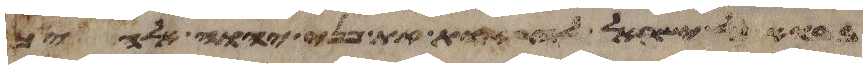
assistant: בבוא כל ישראל להראות את פני יהוה אלהיך